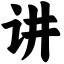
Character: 讲